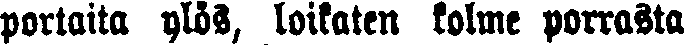
portaita ylös, loikaten kolme porrasta